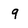
Character: 9